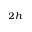
_ { 2 h }